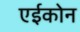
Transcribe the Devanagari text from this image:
एईकोन